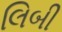
લિબી